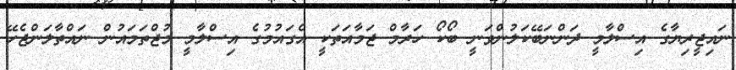
ނައިޖީރިޔާގެ އިސްލާމީ ދަންނަބޭކަލުންވަނީ ބޯކޯ ހަރާމް ޖަމާއަތަކީ އެގައުމުގެ އިސްލާމީ މުޖްތަމައުން ނައްތާލަންޖެހޭ